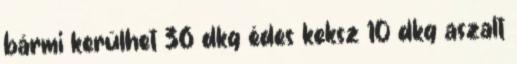
bármi kerülhet 36 dkg édes keksz 10 dkg aszalt